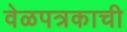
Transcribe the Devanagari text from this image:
वेळपत्रकाची